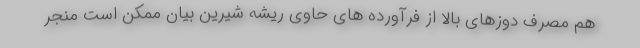
هم مصرف دوزهای بالا از فرآورده های حاوی ریشه شیرین بیان ممکن است منجر